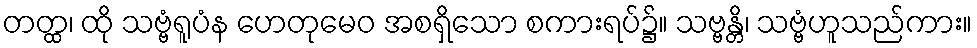
တတ္ထ၊ ထို သဗ္ဗံရူပံန ဟေတုမေဝ အစရှိသော စကားရပ်၌။ သဗ္ဗန္တိ၊ သဗ္ဗံဟူသည်ကား။